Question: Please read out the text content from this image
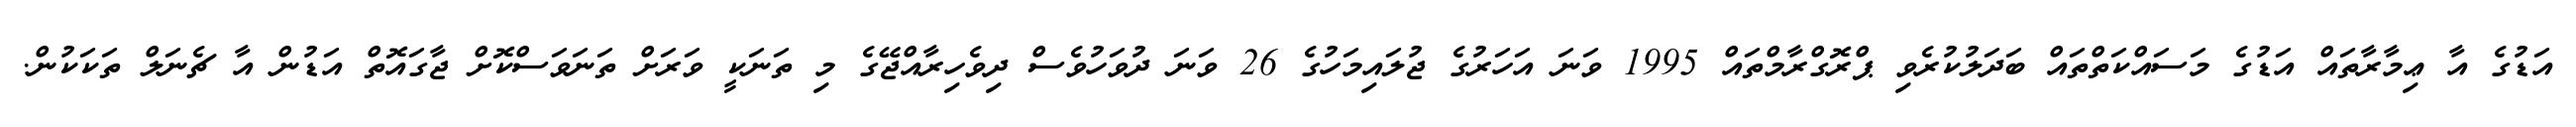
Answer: އަޑުގެ އާ ޢިމާރާތައް އަޑުގެ މަސައްކަތްތައް ބަދަލުކުރެވި ޕްރޮގްރާމްތައް 1995 ވަނަ އަހަރުގެ ޖުލައިމަހުގެ 26 ވަނަ ދުވަހުވެސް ދިވެހިރާއްޖޭގެ މި ތަނަކީ ވަރަށް ތަނަވަސްކޮށް ޖާގައޮތް އަޑުން އާ ޗެނަލް ތަކަކުން.